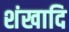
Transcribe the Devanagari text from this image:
शंखादि